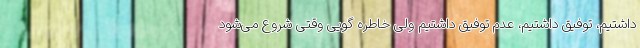
داشتیم، توفیق داشتیم، عدم توفیق داشتیم ولی خاطره گویی وقتی شروع می‌شود